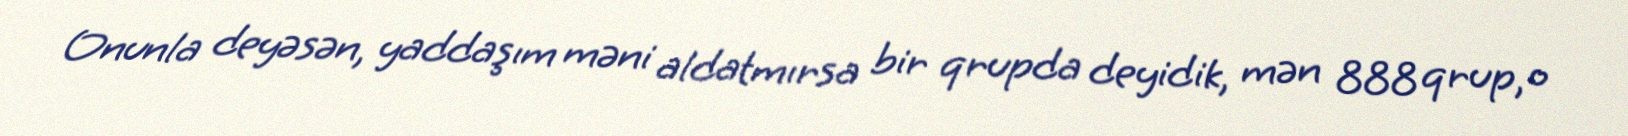
Onunla deyəsən, yaddaşım məni aldatmırsa bir qrupda deyidik, mən 888 qrup, o